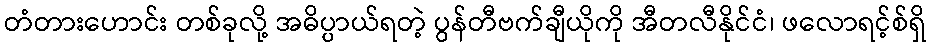
တံတားဟောင်း တစ်ခုလို့ အဓိပ္ပာယ်ရတဲ့ ပွန်တီဗက်ချီယိုကို အီတလီနိုင်ငံ၊ ဖလောရင့်စ်ရှိ